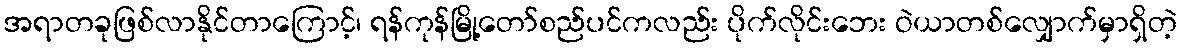
အရာတခုဖြစ်လာနိုင်တာကြောင့်၊ ရန်ကုန်မြို့တော်စည်ပင်ကလည်း ပိုက်လိုင်းဘေး ဝဲယာတစ်လျှောက်မှာရှိတဲ့